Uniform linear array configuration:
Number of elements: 12
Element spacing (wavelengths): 0.5
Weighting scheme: hann
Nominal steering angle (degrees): -45
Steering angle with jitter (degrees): -45.465
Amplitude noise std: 0.05
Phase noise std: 0.05

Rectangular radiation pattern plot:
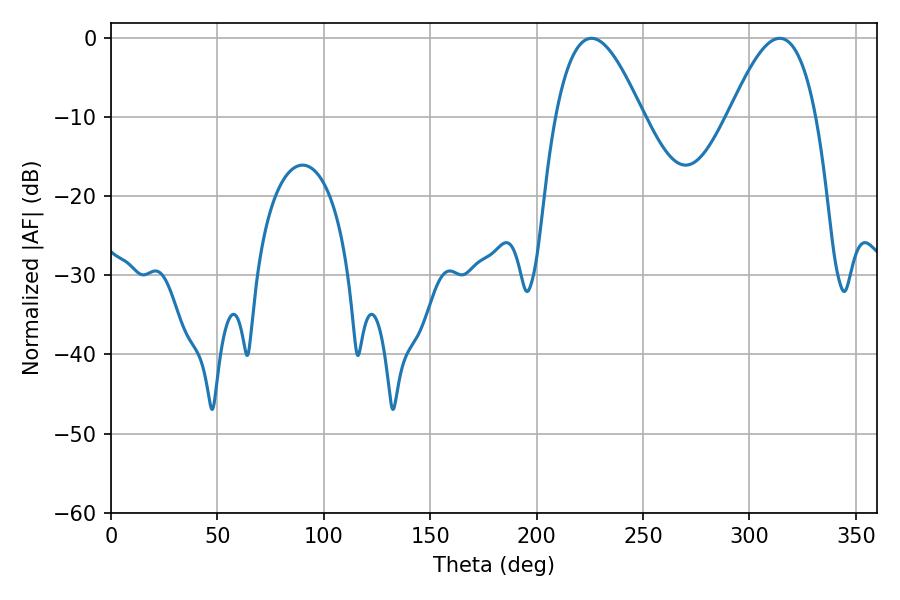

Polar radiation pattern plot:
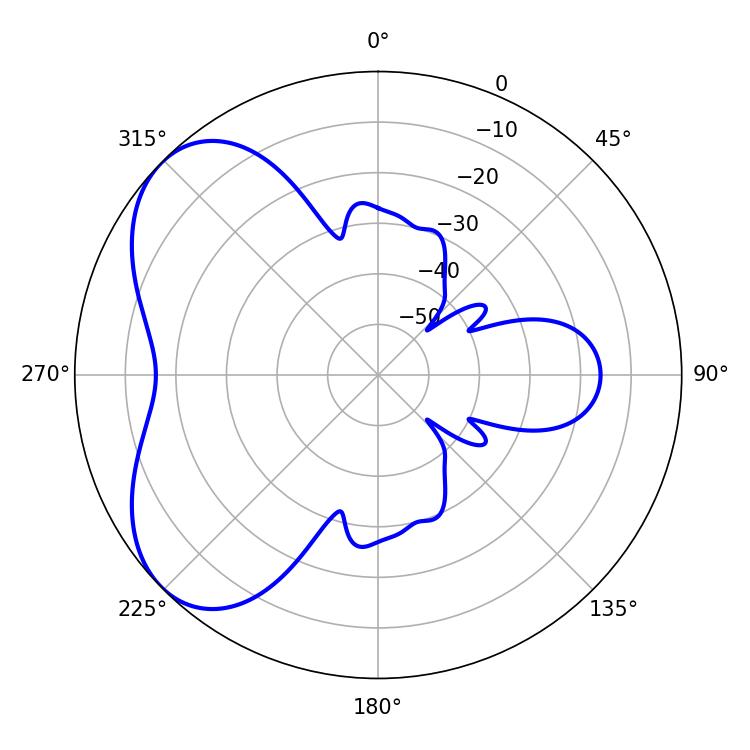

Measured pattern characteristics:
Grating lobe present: FALSE
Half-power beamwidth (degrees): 22.14
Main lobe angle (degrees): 225.72